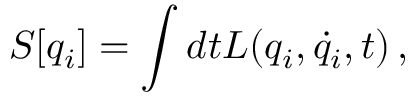
S [ q _ { i } ] = \int d t L ( q _ { i } , \dot { q } _ { i } , t ) \, ,